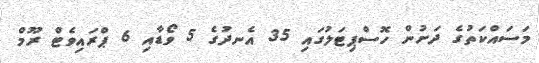
މަސައްކަތުގެ ދަށުން ހޮސްޕިޓަލުގައި 35 އެނދުގެ 5 ވޯޑާއި 6 ޕްރައިވެޓް ރޫމް